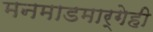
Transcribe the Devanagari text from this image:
मनमाडमार्गेही